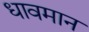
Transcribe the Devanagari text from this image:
धावमान